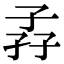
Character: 孨